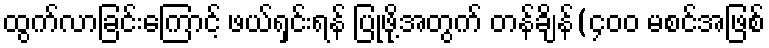
ထွက်လာခြင်းကြောင့် ဖယ်ရှင်းရန် ပြုဖို့အတွက် တန်ချိန်(၄၀၀ မစင်အဖြစ်